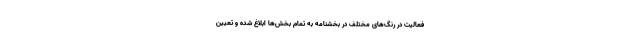
فعالیت در رنگ‌های مختلف در بخشنامه به تمام بخش‌ها ابلاغ شده و تعیین